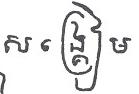
សង្គ្រៀម